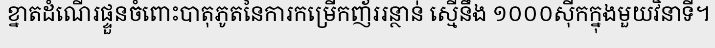
ខ្នាតដំណើរផ្ទួនចំពោះបាតុភូតនៃការកម្រើកញ័ររន្ថាន់ ស្មើនឹង ១០០០ស៊ីកក្នុងមួយវិនាទី។